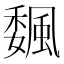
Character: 𩗯